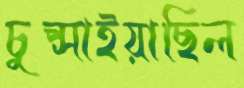
চুপ্‌সাইয়াছিল